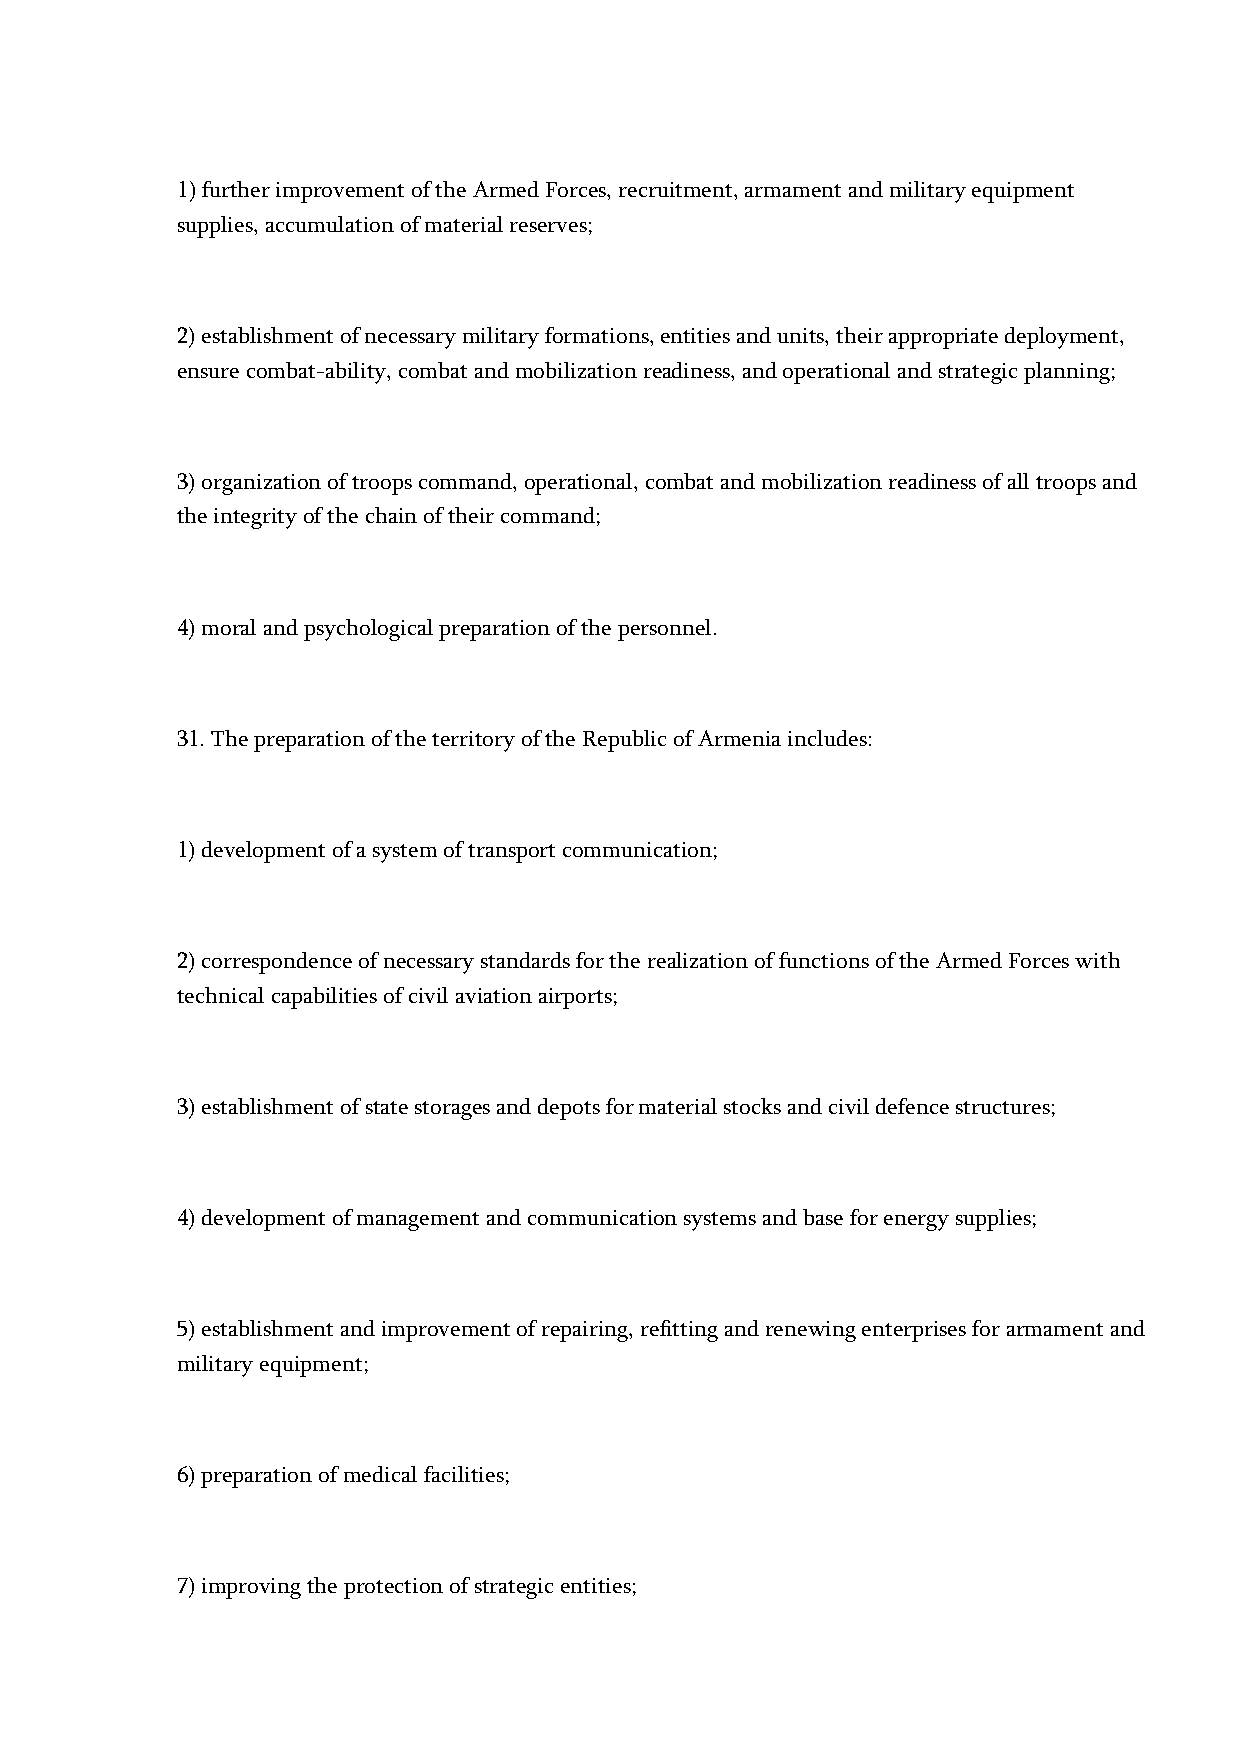
1) further improvement of the Armed Forces, recruitment, armament and military equipment
 supplies, accumulation of material reserves;
 2) establishment of necessary military formations, entities and units, their appropriate deployment,
 ensure combat-ability, combat and mobilization readiness, and operational and strategic planning;
 3) organization of troops command, operational, combat and mobilization readiness of all troops and
 the integrity of the chain of their command;
 4) moral and psychological preparation of the personnel.
 31. The preparation of the territory of the Republic of Armenia includes:
 1) development of a system of transport communication;
 2) correspondence of necessary standards for the realization of functions of the Armed Forces with
 technical capabilities of civil aviation airports;
 3) establishment of state storages and depots for material stocks and civil defence structures;
 4) development of management and communication systems and base for energy supplies;
 5) establishment and improvement of repairing, refitting and renewing enterprises for armament and
 military equipment;
 6) preparation of medical facilities;
 7) improving the protection of strategic entities;